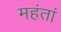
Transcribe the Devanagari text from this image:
महंतां